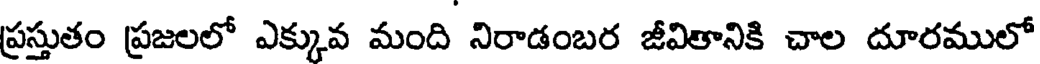
ప్రస్తుతం ప్రజలలో ఎక్కువ మంది నిరాడంబర జీవితానికి చాల దూరములో